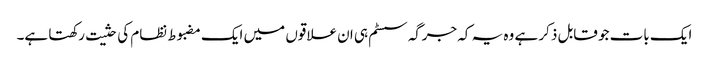
ایک بات جو قابل ذکر ہے وہ یہ کہ جرگہ سسٹم ہی ان علاقوں میں ایک مضبوط نظام کی حثیت رکھتا ہے۔